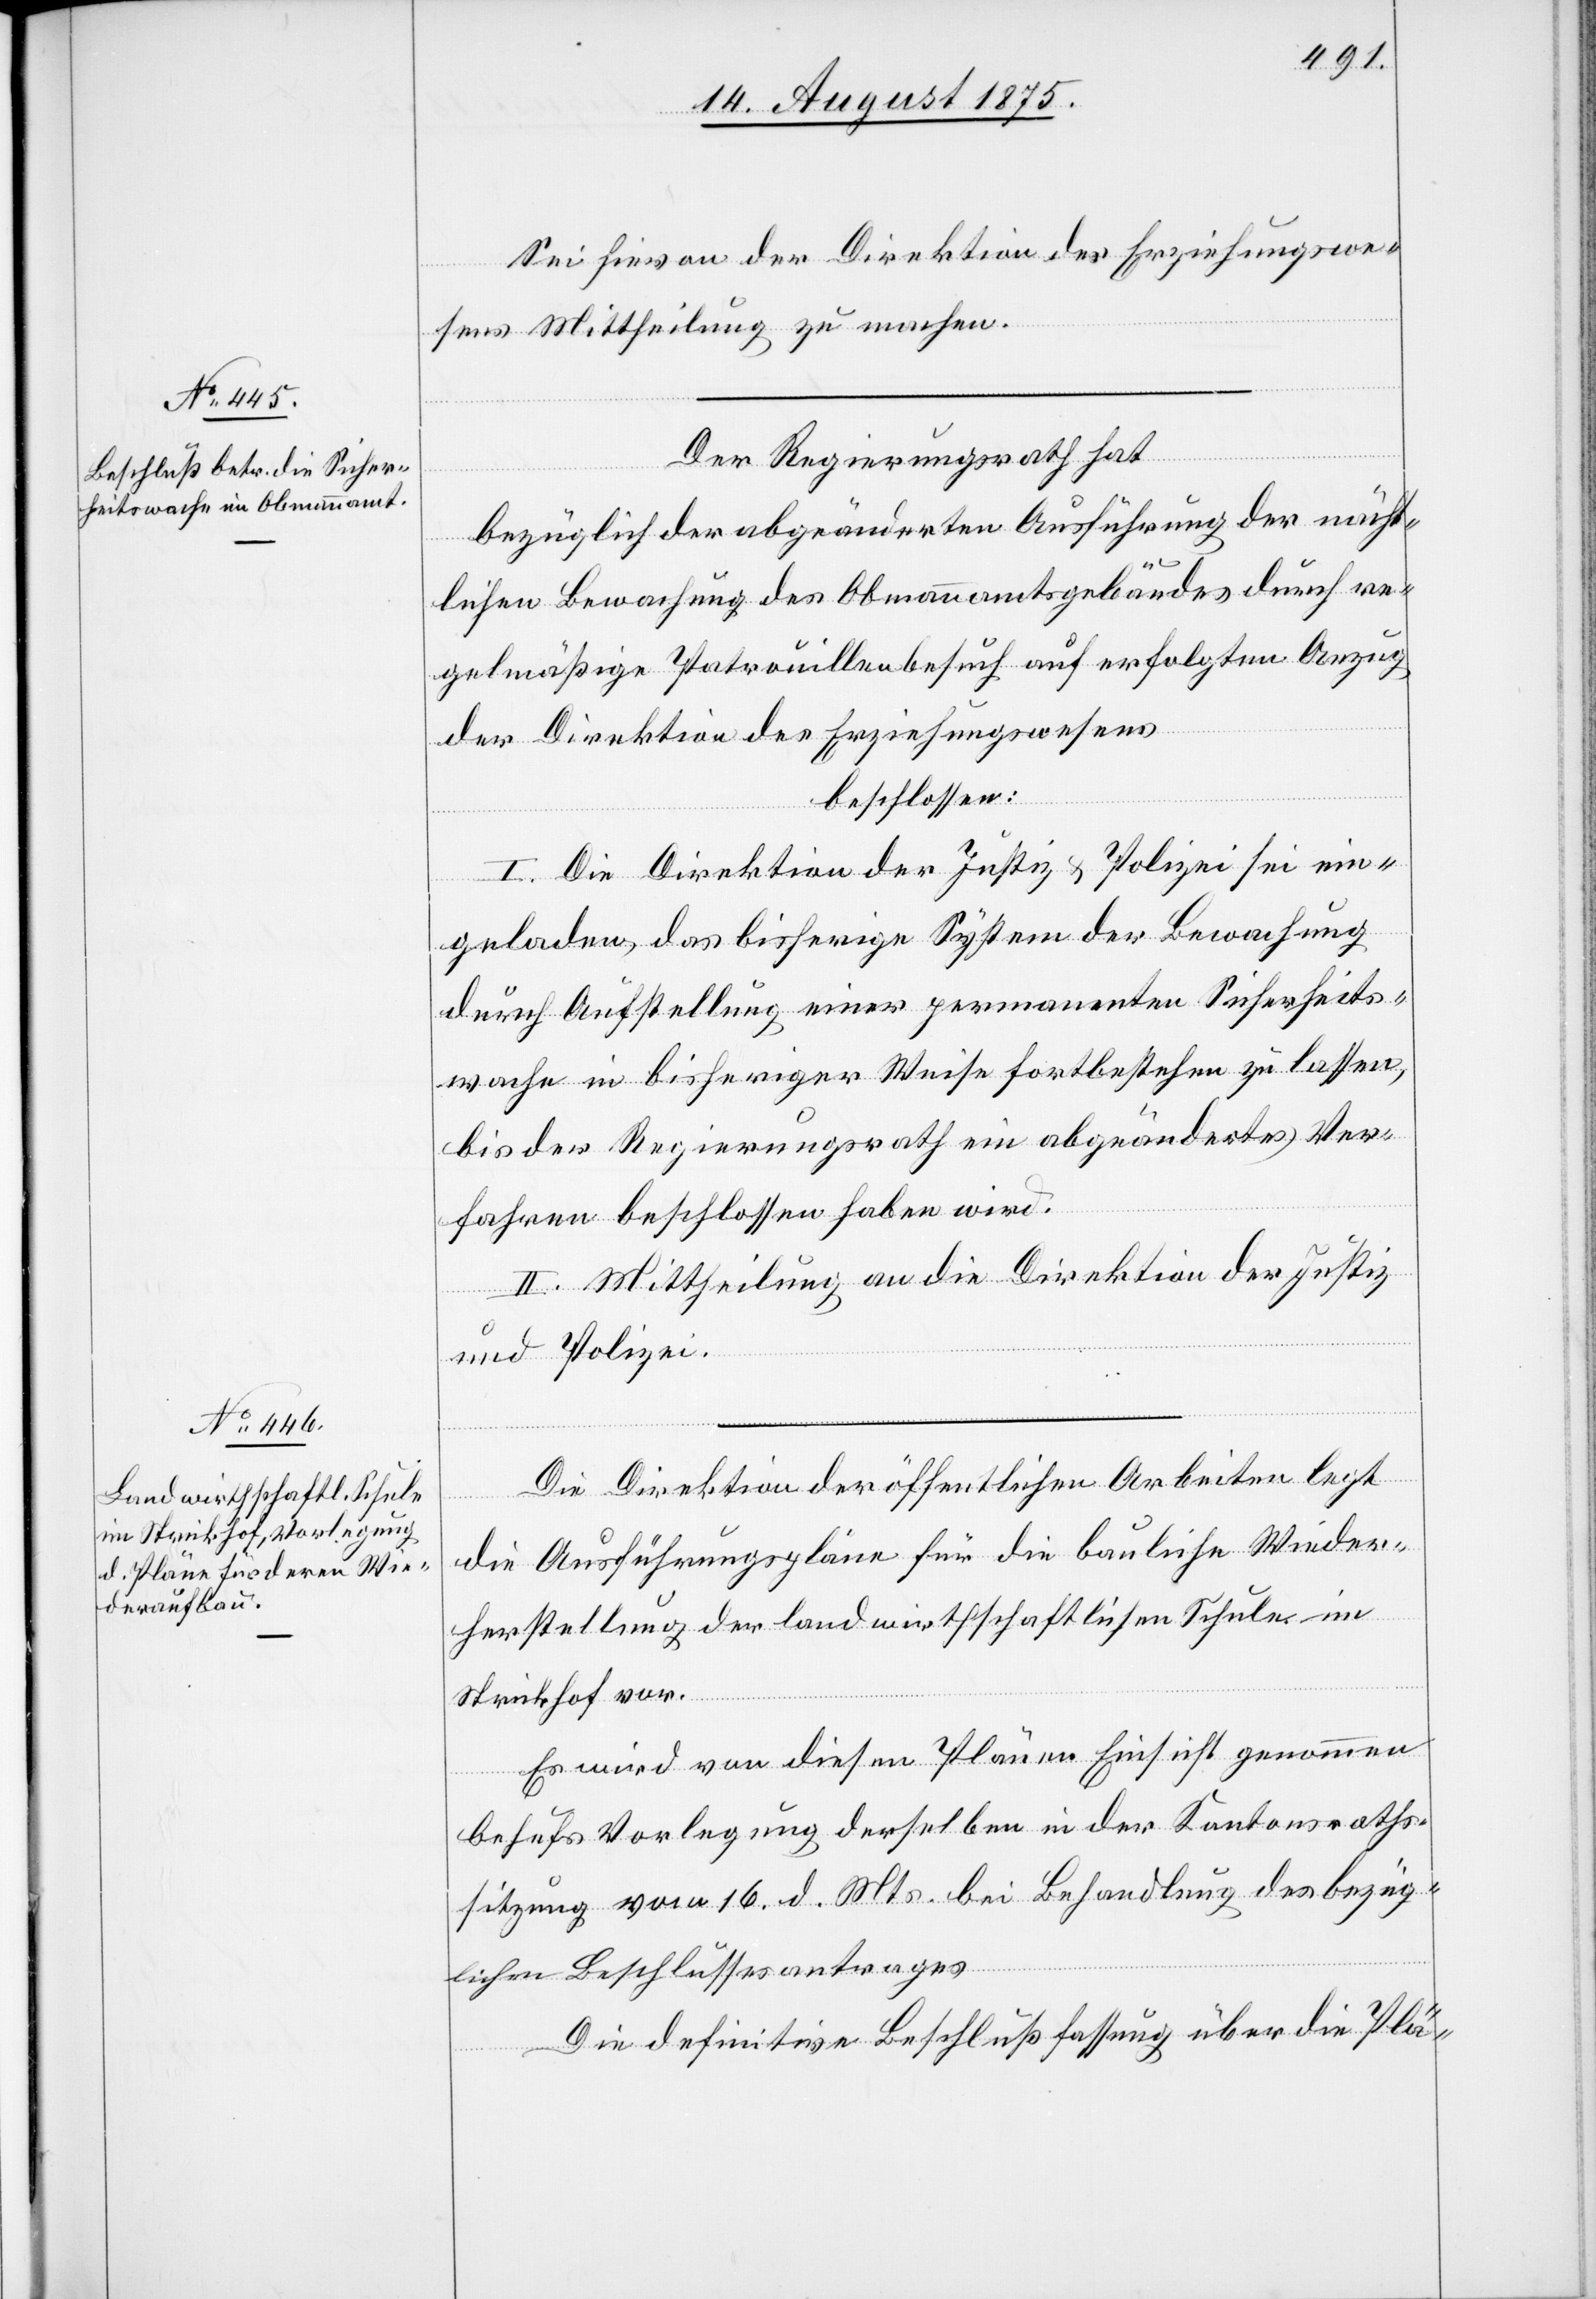
Sei hievon der Direktion des Erziehungswe¬
sens Mittheilung zu machen.
Der Regierungsrath hat,
bezüglich der abgeänderten Ausführung der nächt¬
lichen Bewachung des Obmannamtsgebäudes durch re¬
gelmäßige Patrouillenbesuch[e] auf erfolgten Anzug
der Direktion des Erziehungswesens
beschlossen:
I. Die Direktion der Justiz & Polizei sei ein¬
geladen das bisherige System der Bewachung
durch Aufstellung einer permanenten Sicherheits¬
wache in bisheriger Weise fortbestehen zu lassen,
bis der Regierungsrath ein abgeändertes Ver¬
fahren beschlossen haben wird.
II. Mittheilung an die Direktion der Justiz
und Polizei.
Die Direktion der öffentlichen Arbeiten legt
die Ausführungspläne für die bauliche Wieder¬
herstellung der landwirthschaftlichen Schule im
Strickhof vor.
Es wird von diesen Plänen Einsicht genommen
behufs Vorlegung derselben in der Kantonsraths¬
sitzung vom 16. d. Mts. bei Behandlung des bezüg¬
lichen Beschlussesantrages.
Die definitive Beschlußfassung über die Plä-